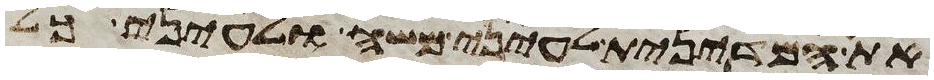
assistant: את המדינית לעיני משה ולעיני כל